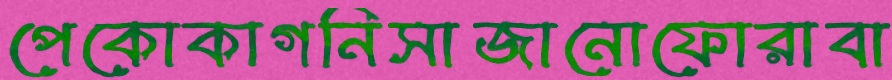
পেকোকাগনিসাজানোফোরাবা